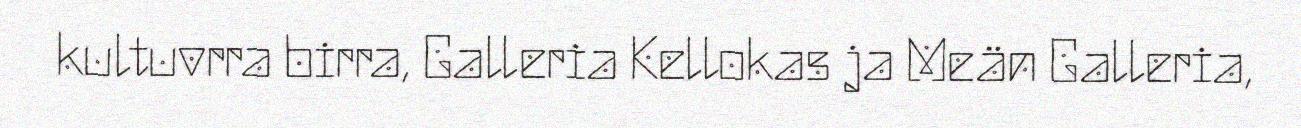
kultuvrra birra, Galleria Kellokas ja Meän Galleria,